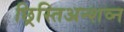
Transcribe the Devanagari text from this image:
छ्रिस्तिअन्शव्न